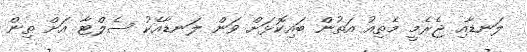
ލަނޑާއި ޖެރެމީ މެތިއު އަތުން ބައިކޮޅަށް ވަން ލަނޑާއެކު ސެލްޓާ އަށް ތިން